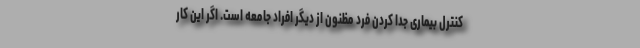
کنترل بیماری جدا کردن فرد مظنون از دیگر افراد جامعه است. اگر این کار